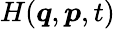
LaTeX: H({\boldsymbol{q}},{\boldsymbol{p}},t)